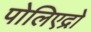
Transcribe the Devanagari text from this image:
पोलिएद्रो